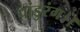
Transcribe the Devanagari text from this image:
पांडुरंग।।